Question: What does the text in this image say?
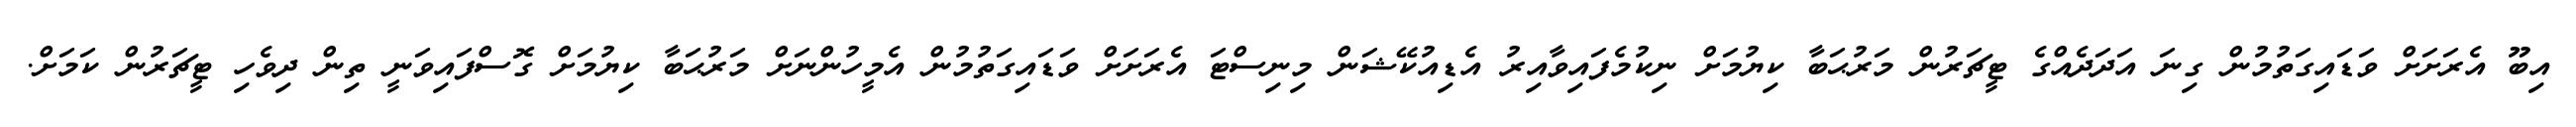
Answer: އިބޫ އެރަށަށް ވަޑައިގަތުމުން ގިނަ އަދަދެއްގެ ޓީޗަރުން މަރުޙަބާ ކިޔުމަށް ނިކުމެފައިވާއިރު އެޑިއުކޭޝަން މިނިސްޓަ އެރަށަށް ވަޑައިގަތުމުން އެމީހުންނަށް މަރުޙަބާ ކިޔުމަށް ގޮސްފައިވަނީ ތިން ދިވެހި ޓީޗަރުން ކަމަށް.